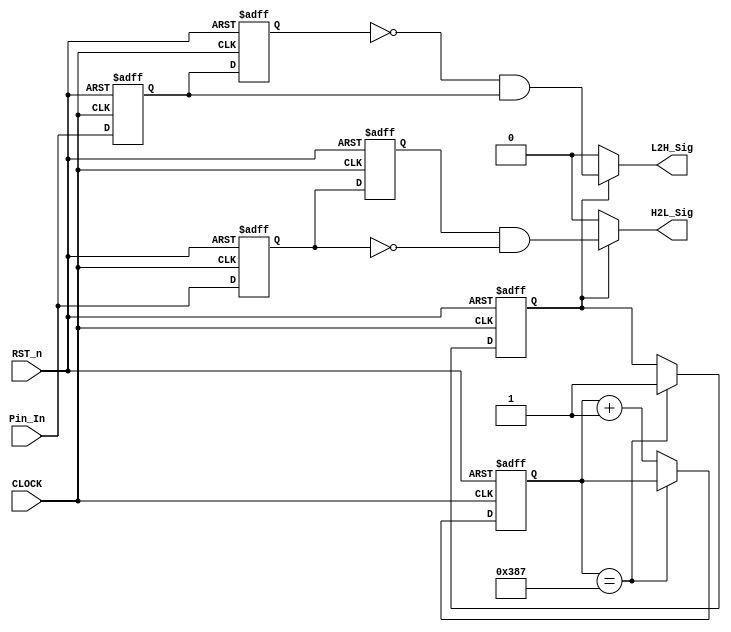
module detect_module 
(
    CLOCK, RST_n, Pin_In, H2L_Sig, L2H_Sig
);

    input CLOCK;
	 input RST_n;
	 input Pin_In;
	 output H2L_Sig;
	 output L2H_Sig;
	 
	 /**********************************/
	 
	 parameter T100US = 11'd4_999;//ʹõľΪ50MHz50M*0.0001-1=4_999
	 
	 /**********************************/
	 
	 reg [10:0]Count1;
	 reg isEn;
	 
	 always @ ( posedge CLOCK or negedge RST_n )
	     if( !RST_n )
		      begin
		          Count1 <= 11'd0;
		          isEn <= 1'b0;
				end
	     else if( Count1 == T100US )
				isEn <= 1'b1;
		  else
		      Count1 <= Count1 + 1'b1;
				
    /********************************************/
	 
	 reg H2L_F1;
	 reg H2L_F2;
	 reg L2H_F1;
	 reg L2H_F2;
	 
	 always @ ( posedge CLOCK or negedge RST_n )
	     if( !RST_n )
		      begin
				    H2L_F1 <= 1'b1;
					 H2L_F2 <= 1'b1;
					 L2H_F1 <= 1'b0;
					 L2H_F2 <= 1'b0;
			   end
		  else
		      begin
					 H2L_F1 <= Pin_In; 
					 H2L_F2 <= H2L_F1;
					 L2H_F1 <= Pin_In;
					 L2H_F2 <= L2H_F1;
				end
				
    /***********************************/
	 

	 assign H2L_Sig = isEn ? ( H2L_F2 & !H2L_F1 ) : 1'b0;
	 assign L2H_Sig = isEn ? ( !L2H_F2 & L2H_F1 ) : 1'b0;

	 
	 /***********************************/
	 
endmodule